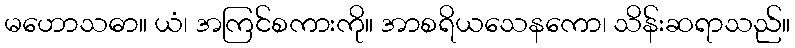
မဟောသဓာ။ ယံ၊ အကြင်စကားကို။ အာစရိယသေနကော၊ သိန်းဆရာသည်။